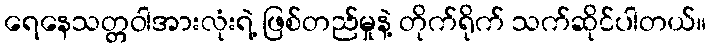
ရေနေသတ္တဝါအားလုံးရဲ့ ဖြစ်တည်မှုနဲ့ တိုက်ရိုက် သက်ဆိုင်ပါတယ်။